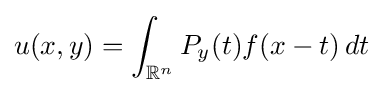
u(x,y)=\int _{\mathbb {R} ^{n}}P_{y}(t)f(x-t)\,dt